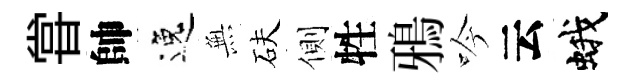
甞帥逸𭴾砆側牲鴉吟云蛾